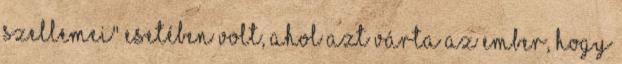
szellemei" esetében volt, ahol azt várta az ember, hogy